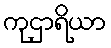
ကုဌာရိယာ